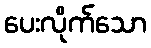
ပေးလိုက်သော